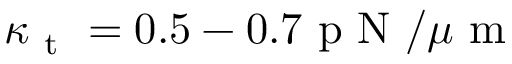
\kappa _ { \mathrm { ~ t ~ } } = 0 . 5 - 0 . 7 \mathrm { ~ p ~ N ~ } / \mu \mathrm { ~ m ~ }